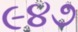
૯૪૭